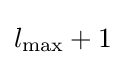
l_{\text{max}}+1